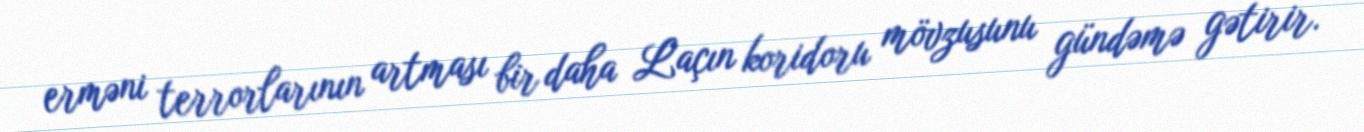
erməni terrorlarının artması bir daha Laçın koridoru mövzusunu gündəmə gətirir.